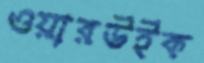
ওয়ারউইক